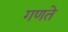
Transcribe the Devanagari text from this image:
गणते